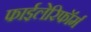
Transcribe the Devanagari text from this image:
फाईलेरिफॉर्म